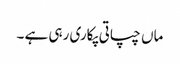
ماں چپاتی پکاری رہی ہے ۔